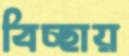
বিচ্ছায়